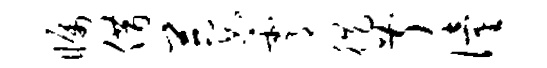
瞩借萋霄徙叔僮